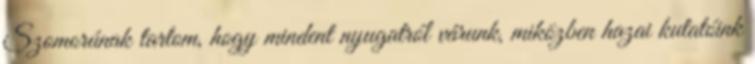
Szomorúnak tartom, hogy mindent nyugatról várunk, miközben hazai kutatóink